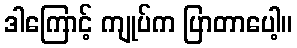
ဒါကြောင့် ကျုပ်က ပြာတာပေါ့။